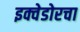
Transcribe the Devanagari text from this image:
इक्वेडोरचा